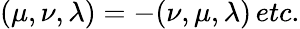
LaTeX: (\mu,\nu,\lambda)=-(\nu,\mu,\lambda)\, etc.